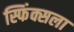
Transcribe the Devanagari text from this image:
स्फिंक्सला